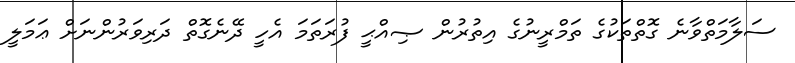
ސަލާމަތްވާނެ ގޮތްތަކުގެ ތަމްރީނުގެ އިތުރުން ޞިއްޙީ ފުރަތަމަ އެހީ ދޭނެގޮތް ދަރިވަރުންނަށް ޢަމަލީ